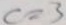
c = 3